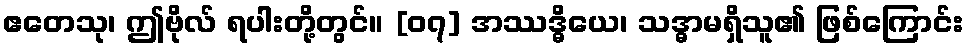
ဧတေသု၊ ဤဗိုလ် ရပါးတို့တွင်။ [၀၇] အဿဒ္ဓိယေ၊ သဒ္ဓာမရှိသူ၏ ဖြစ်ကြောင်း